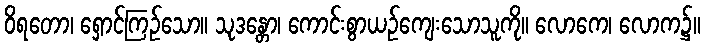
ဝိရတော၊ ရှောင်ကြဉ်သော။ သုဒန္တော၊ ကောင်းစွာယဉ်ကျေးသောသူကို။ လောကေ၊ လောက၌။